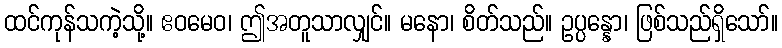
ထင်ကုန်သကဲ့သို့။ ဧဝမေဝ၊ ဤအတူသာလျှင်။ မနော၊ စိတ်သည်။ ဥပ္ပန္နော၊ ဖြစ်သည်ရှိသော်။